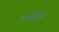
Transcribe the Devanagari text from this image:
ट्राडिग